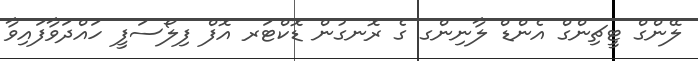
ލޭންގް ޓީޗިންގް އެންޑް ލާނިންގ ގެ ރޮނގުން ޑޮކްޓަރ އޮފް ފިލޯސަފީ ހައްދަވާފައިވާ